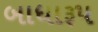
બાધારૂપ